Document type: Sale
Year: 1461
Scribe: [Unknown]
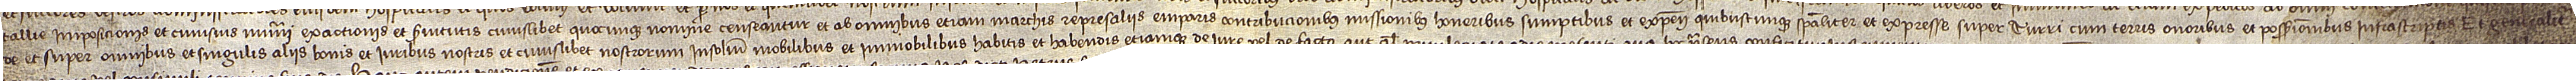
tallie, imposicionis et cuiusvis numeri exactionis et servitutis cuiuslibet quocunque nomine censeantur, et ab omnibus etiam marchis, represaliis, emparis, contribucionibus, missionibus, honeribus, sumptibus et expensis quibuscunque, specialiter et expresse super turri cum terris, onoribus et possessionibus infrascriptis; et generaliter